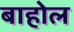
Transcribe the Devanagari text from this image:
बाहोल